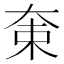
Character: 𡘝